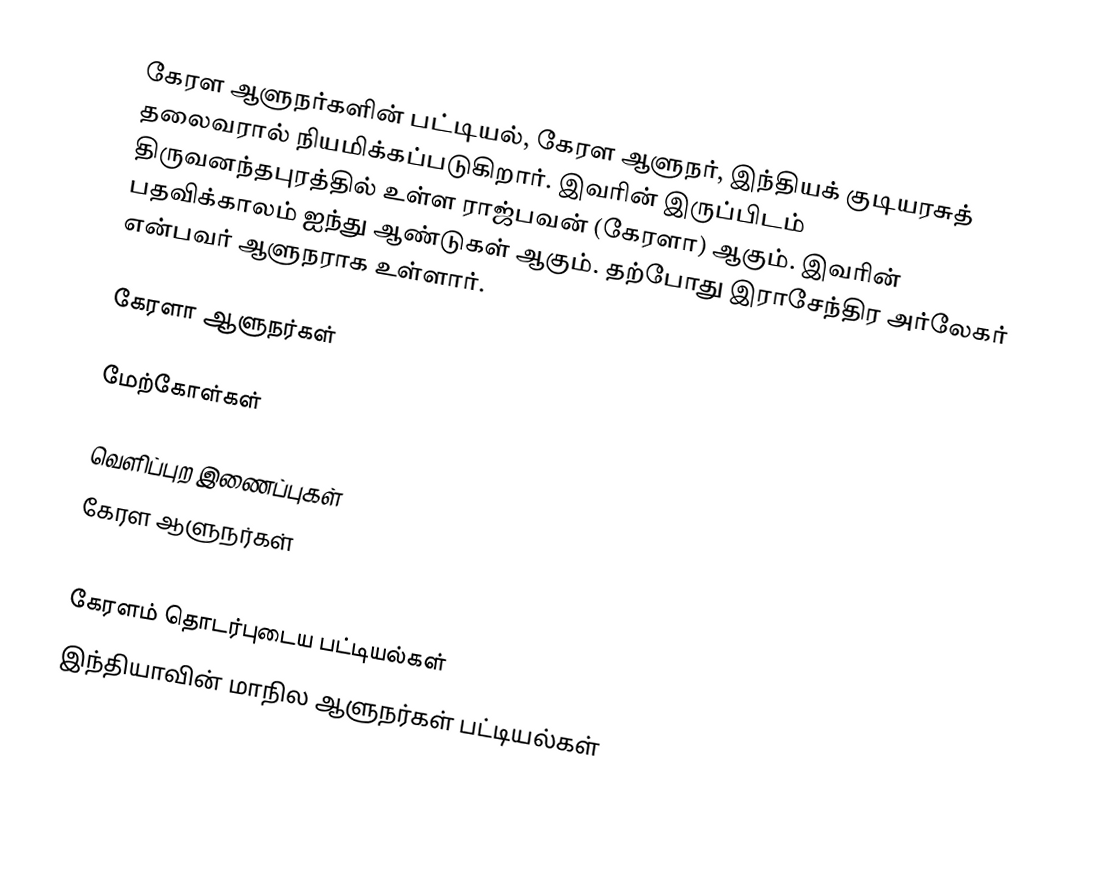
கேரள ஆளுநர்களின் பட்டியல், கேரள ஆளுநர், இந்தியக் குடியரசுத் தலைவரால் நியமிக்கப்படுகிறார். இவரின் இருப்பிடம் திருவனந்தபுரத்தில் உள்ள ராஜ்பவன் (கேரளா) ஆகும். இவரின் பதவிக்காலம் ஐந்து ஆண்டுகள் ஆகும். தற்போது இராசேந்திர அர்லேகர் என்பவர் ஆளுநராக உள்ளார்.

கேரளா ஆளுநர்கள்

மேற்கோள்கள்

வெளிப்புற இணைப்புகள்
 கேரள ஆளுநர்கள்

கேரளம் தொடர்புடைய பட்டியல்கள்
இந்தியாவின் மாநில ஆளுநர்கள் பட்டியல்கள்